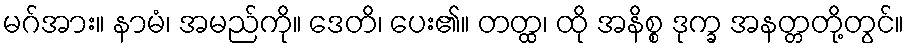
မဂ်အား။ နာမံ၊ အမည်ကို။ ဒေတိ၊ ပေး၏။ တတ္ထ၊ ထို အနိစ္စ ဒုက္ခ အနတ္တတို့တွင်။